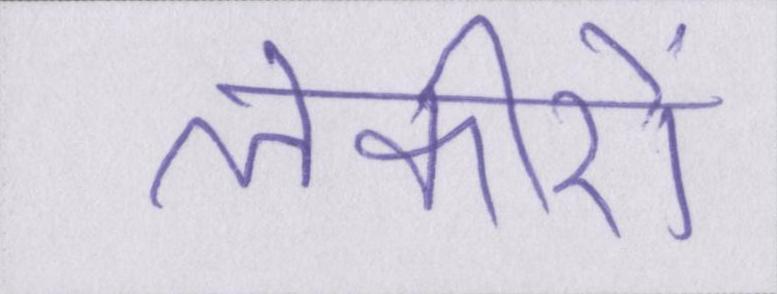
लकीरों